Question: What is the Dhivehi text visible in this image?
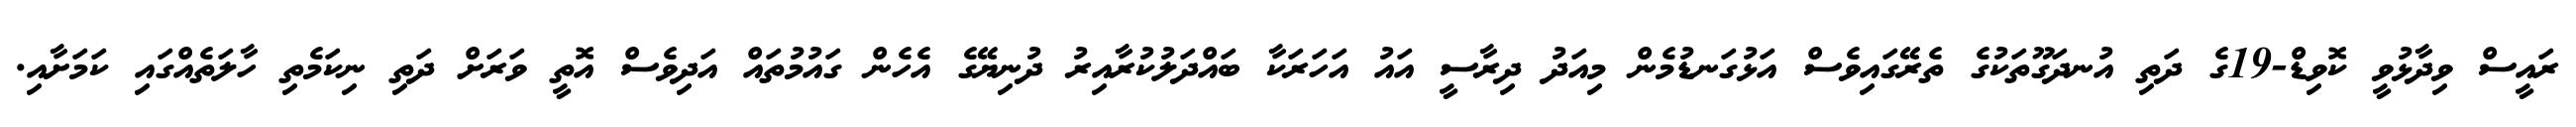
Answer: ރައީސް ވިދާޅުވީ ކޮވިޑް-19ގެ ދަތި އުނދަގޫތަކުގެ ތެރޭގައިވެސް އަޅުގަނޑުމެން މިއަދު ދިރާސީ އައު އަހަރަކާ ބައްދަލުކުރާއިރު ދުނިޔޭގެ އެހެން ގައުމުތައް އަދިވެސް އޮތީ ވަރަށް ދަތި ނިކަމެތި ހާލަތެއްގައި ކަމަށާއި.